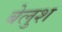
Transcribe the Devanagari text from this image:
बेलुश